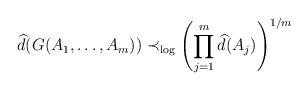
LaTeX: \begin{align*}\widehat{d} (G(A_1, \ldots, A_m)) \prec_{\log} \left ( \prod_{j=1}^{m} \widehat{d} (A_j)\right )^{1/m} \end{align*}